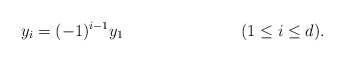
\begin{align*} y_i &= (-1)^{i-1} y_1 && (1 \leq i \leq d). \end{align*}